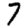
Digit: 7